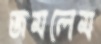
জমলেম